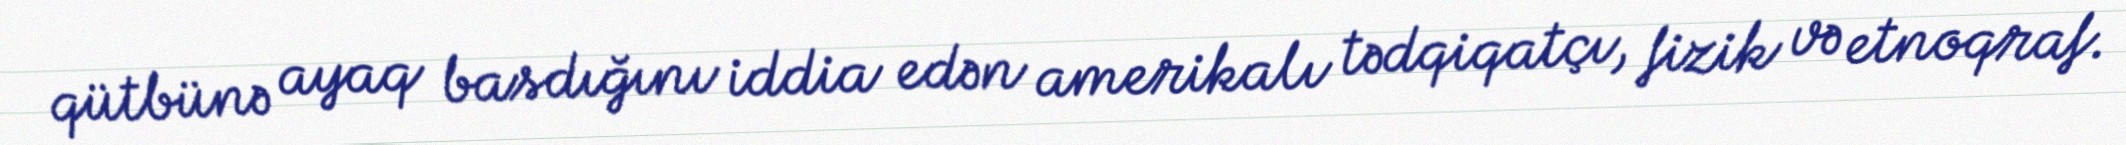
qütbünə ayaq basdığını iddia edən amerikalı tədqiqatçı, fizik və etnoqraf.